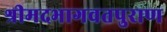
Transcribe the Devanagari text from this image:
श्रीमदभागवतपुराण